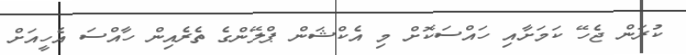
ކުރަން ޖެހޭ ކަމަށާއި ހައްސަކޮށް މި އެކްޝަން ޕްލޭންގެ ތެރެއިން ހާއްސަ އެހީއަށް